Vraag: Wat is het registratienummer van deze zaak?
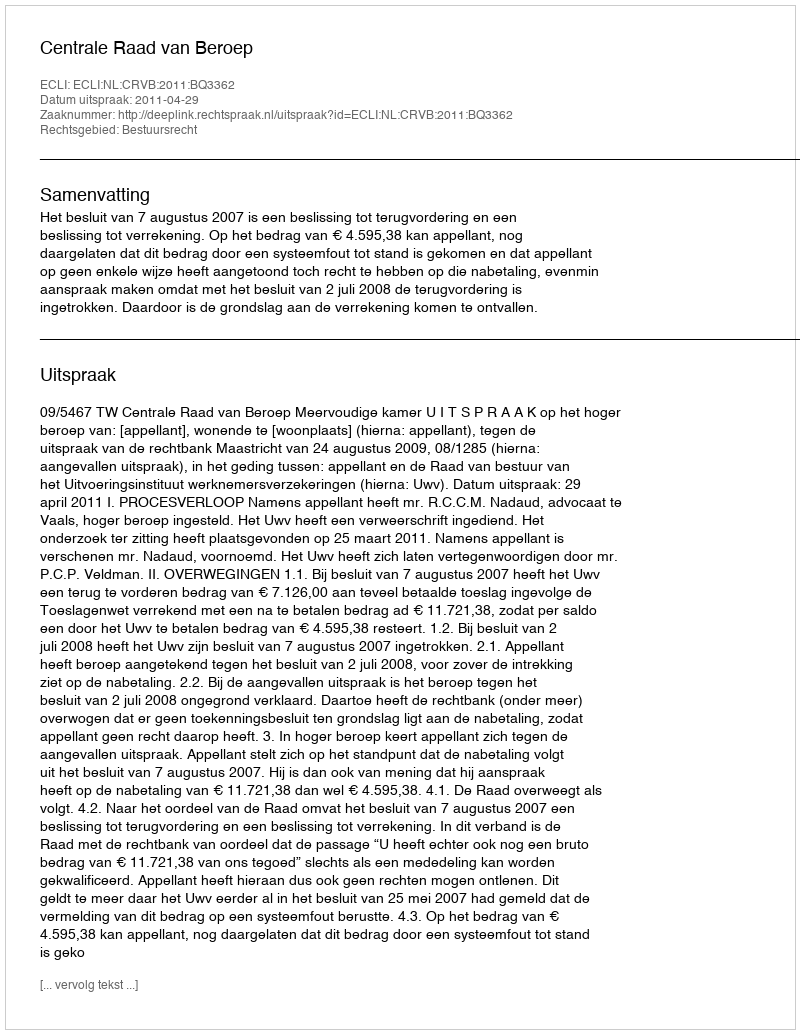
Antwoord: http://deeplink.rechtspraak.nl/uitspraak?id=ECLI:NL:CRVB:2011:BQ3362